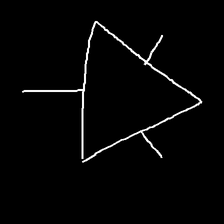
Glyph: fire